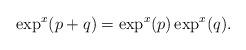
LaTeX: \begin{align*} \exp^x(p+q) = \exp^x(p)\exp^x(q). \end{align*}